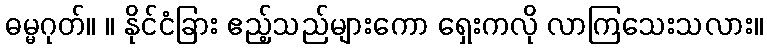
ဓမ္မဂုတ်။ ။ နိုင်ငံခြား ဧည့်သည်များကော ရှေးကလို လာကြသေးသလား။